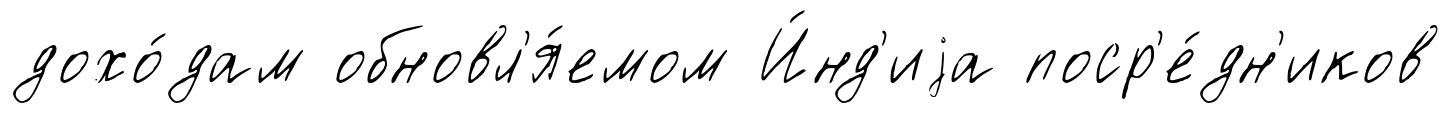
дохо́дам обновл'я́емом И́нд'иjа поср'е́дн'иков